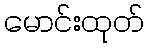
မောင်းထုတ်